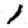
Digit: 1